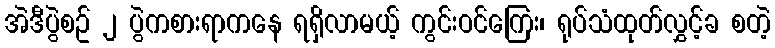
အဲဒီပွဲစဥ် ၂ ပွဲကစားရာကနေ ရရှိလာမယ့် ကွင်းဝင်ကြေး၊ ရုပ်သံထုတ်လွှင့်ခ စတဲ့